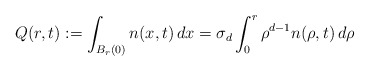
\begin{align*}Q(r,t):=\int_{B_{r}(0)}n(x,t) \,dx=\sigma_{d}\int_{0}^{r}\rho^{d-1} n(\rho,t)\,d\rho\end{align*}